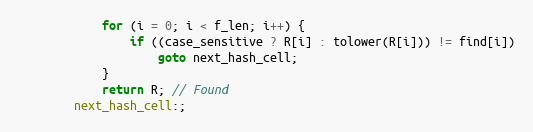
Language: C
            for (i = 0; i < f_len; i++) {
                if ((case_sensitive ? R[i] : tolower(R[i])) != find[i])
                    goto next_hash_cell;
            }
            return R; // Found
        next_hash_cell:;